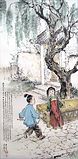
同居长干里，两小无嫌猜。